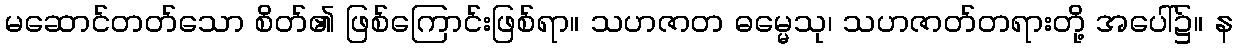
မဆောင်တတ်သော စိတ်၏ ဖြစ်ကြောင်းဖြစ်ရာ။ သဟဇာတ ဓမ္မေသု၊ သဟဇာတ်တရားတို့ အပေါ်၌။ န